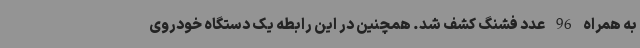
به همراه 96 عدد فشنگ کشف شد. همچنین در این رابطه یک دستگاه خودروی